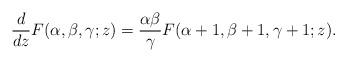
LaTeX: \begin{align*}\frac{d}{d z} F (\alpha, \beta, \gamma; z) = \frac{\alpha \beta}{\gamma} F (\alpha + 1, \beta + 1, \gamma+1; z).\end{align*}